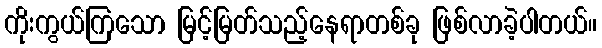
ကိုးကွယ်ကြသော မြင့်မြတ်သည့်နေရာတစ်ခု ဖြစ်လာခဲ့ပါတယ်။